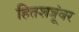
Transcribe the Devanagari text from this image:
हितशत्रूंवर